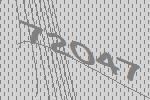
72047